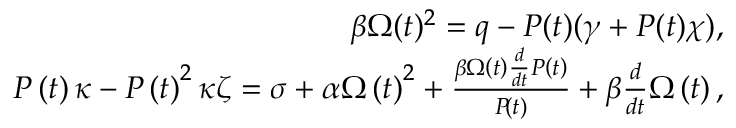
\begin{array} { r } { \beta \Omega ( t ) ^ { 2 } = q - P ( t ) ( \gamma + P ( t ) \chi ) , } \\ { P \left( t \right) \kappa - P \left( t \right) ^ { 2 } \kappa \zeta = \sigma + \alpha \Omega \left( t \right) ^ { 2 } + \frac { \beta \Omega \left( t \right) \frac { d } { d t } P \left( t \right) } { P \! \left( t \right) } + \beta \frac { d } { d t } \Omega \left( t \right) , } \end{array}